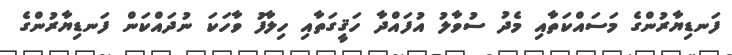
ފަނޑިޔާރުންގެ މަސައްކަތާއި މެދު ސުވާލު އުފައްދާ ހަޤީގަތާއި ހިލާފު ވާހަކަ ނުދައްކަން ފަނޑިޔާރުންގެ